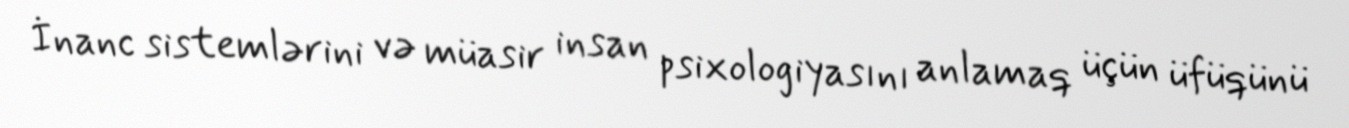
İnanc sistemlərini və müasir insan psixologiyasını anlamaq üçün üfüqünü